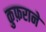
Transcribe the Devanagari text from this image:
कुफ़राने